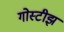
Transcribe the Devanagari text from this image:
गोस्टीझ